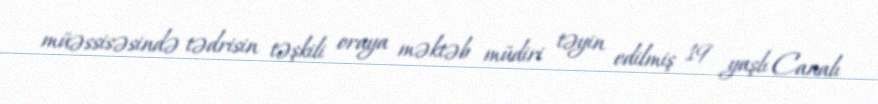
müəssisəsində tədrisin təşkili oraya məktəb müdiri təyin edilmiş 19 yaşlı Canalı